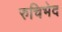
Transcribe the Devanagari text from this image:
रुचिभेद